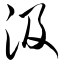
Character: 汲